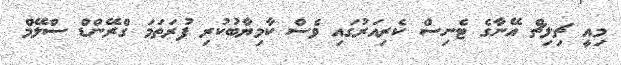
މިއީ ޗިލިޗް އޭނާގެ ޓެނިސް ކެރިއަރުގައި ވެސް ކާމިޔާބުކުރި ފުރަތަމަ ގްރޭންޑް ސްލޭމް